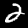
Label: 2